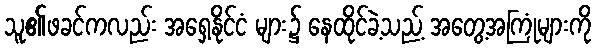
သူ၏ဖခင်ကလည်း အရှေ့နိုင်ငံ များ၌ နေထိုင်ခဲ့သည့် အတွေ့အကြုံများကို